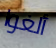
ألغوا